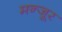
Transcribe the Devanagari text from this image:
मन्जूर